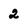
Character: 2